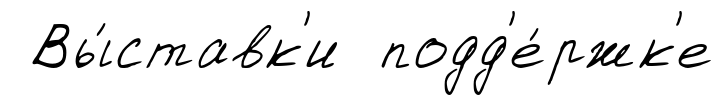
Вы́ставк'и подд'е́ржк'е